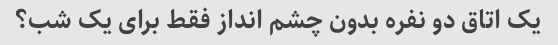
یک اتاق دو نفره بدون چشم انداز فقط برای یک شب؟